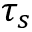
\tau _ { s }